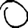
Digit: 0